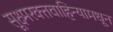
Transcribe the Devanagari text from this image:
सूक्ष्मरक्तवाहिन्यामधून